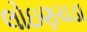
લોઇણચડા